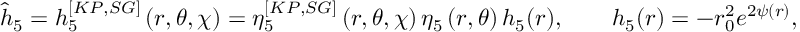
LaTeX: \widehat { h } _ { 5 } = h _ { 5 } ^ { [ K P , S G ] } \left( r , \theta , \chi \right) = \eta _ { 5 } ^ { [ K P , S G ] } \left( r , \theta , \chi \right) \eta _ { 5 } \left( r , \theta \right) h _ { 5 } ( r ) , \qquad h _ { 5 } ( r ) = - r _ { 0 } ^ { 2 } e ^ { 2 \psi ( r ) } ,